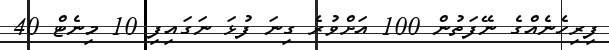
ފިރިހެނެއްގެ ނޭފަތުން 100 އަށްވުރެ ގިނަ ފުޅަ ނަގައިފި 10 މިނެޓް 40